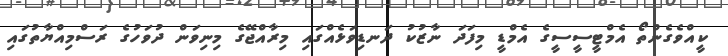
ކީއްވެގެންތޯ އެމްޓީސީސީގެ އެމްޑީ މިފަދަ ނާޒުކު ދަނޑިވަޅެއްގައި މިރާއްޖޭގެ މިނިވަން ދުވަހުގެ ރަސްމިއްޔާތުގައި